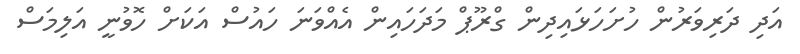
އަދި ދަރިވަރުން ހުށަހަޅައިދިން ގްރޫޕް މަދަހައިން އެއްވަނަ ހައުސް އަކަށް ހޮވުނީ އަލިމަސް